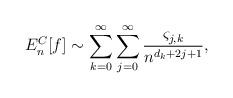
LaTeX: \begin{align*}E_{n}^{C}[f] \sim \sum_{k = 0}^{\infty} \sum_{j=0}^{\infty}\frac{\varsigma_{j,k} }{n^{d_k+2j+1}},\end{align*}